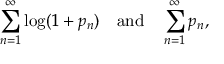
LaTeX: \sum _ { n = 1 } ^ { \infty } \log ( 1 + p _ { n } ) \quad { \mathrm { a n d } } \quad \sum _ { n = 1 } ^ { \infty } p _ { n } ,